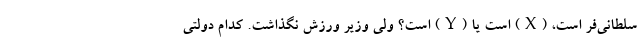
سلطانی‌فر است، (X) است یا (Y) است؟ ولی وزیر ورزش نگذاشت. کدام دولتی